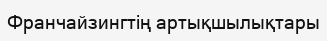
Франчайзингтің артықшылықтары